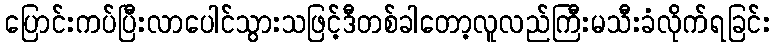
ပြောင်းကပ်ပြီးလာပေါင်သွားသဖြင့်ဒီတစ်ခါတော့လူလည်ကြီးမသီးခံလိုက်ရခြင်း